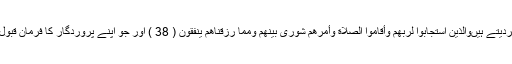
اور جب غصہ آتا ہے تو معاف کردیتے ہیںوَالَّذِينَ اسْتَجَابُوا لِرَبِّهِمْ وَأَقَامُوا الصَّلَاةَ وَأَمْرُهُمْ شُورَىٰ بَيْنَهُمْ وَمِمَّا رَزَقْنَاهُمْ يُنفِقُونَ ( 38 ) اور جو اپنے پروردگار کا فرمان قبول کرتے ہیں اور نماز پڑھتے ہیں۔